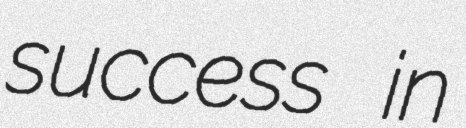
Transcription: success in